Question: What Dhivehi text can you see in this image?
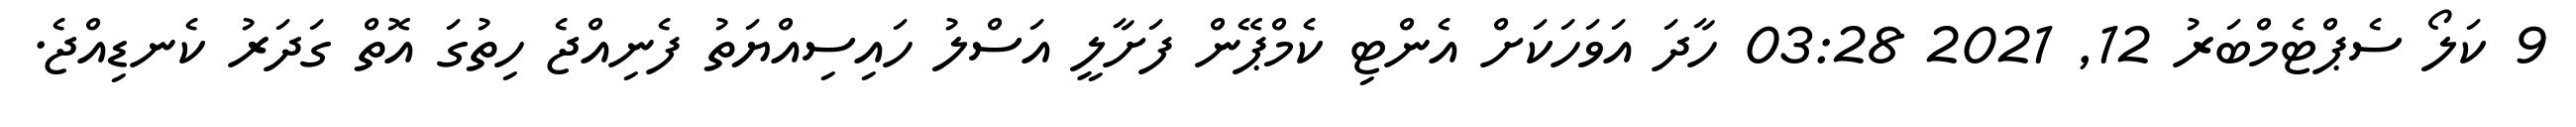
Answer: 9 ކަލޯ ސެޕްޓެމްބަރު 12, 2021 03:28 ހާދަ އަވަހަކަށް އެންޓި ކެމްޕޭން ފަށާލީ އަސްލު ހައިސިއްޔަތު ފެނިއްޖެ ހިތުގަ އޮތް ގަދަރު ކެނޑިއްޖެ.